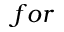
f o r